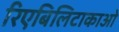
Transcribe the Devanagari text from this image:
रिएबिलिटाकाओ